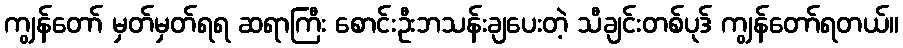
ကျွန်တော် မှတ်မှတ်ရရ ဆရာကြီး စောင်းဦးဘသန်းချပေးတဲ့ သီချင်းတစ်ပုဒ် ကျွန်တော်ရတယ်။